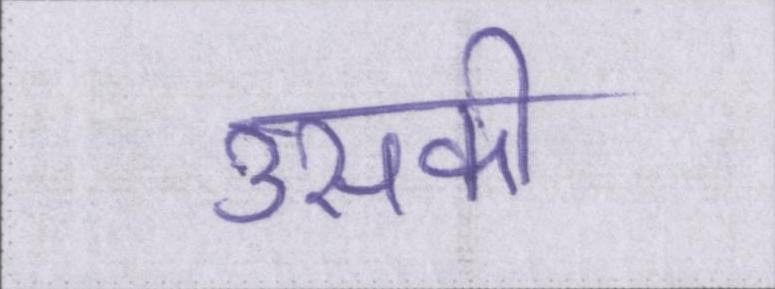
उसकी